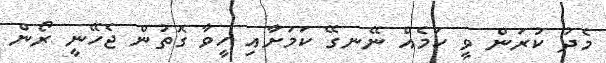
މެދު ކުރަން ވީ ކަމެއް ނޭނގޭ ކަމަށާއި ހީވާ ގޮތުން ޖެހޭނީ ރޯން